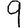
Digit: 9